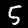
Digit: 5